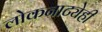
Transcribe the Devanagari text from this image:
लोकनाट्येही